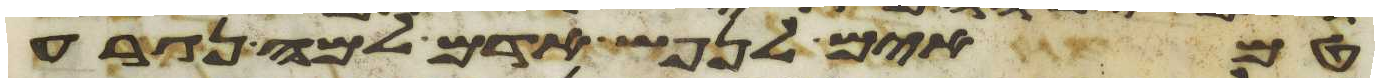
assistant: טמאים לנפש אדם למה נגרע